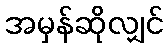
အမှန်ဆိုလျှင်